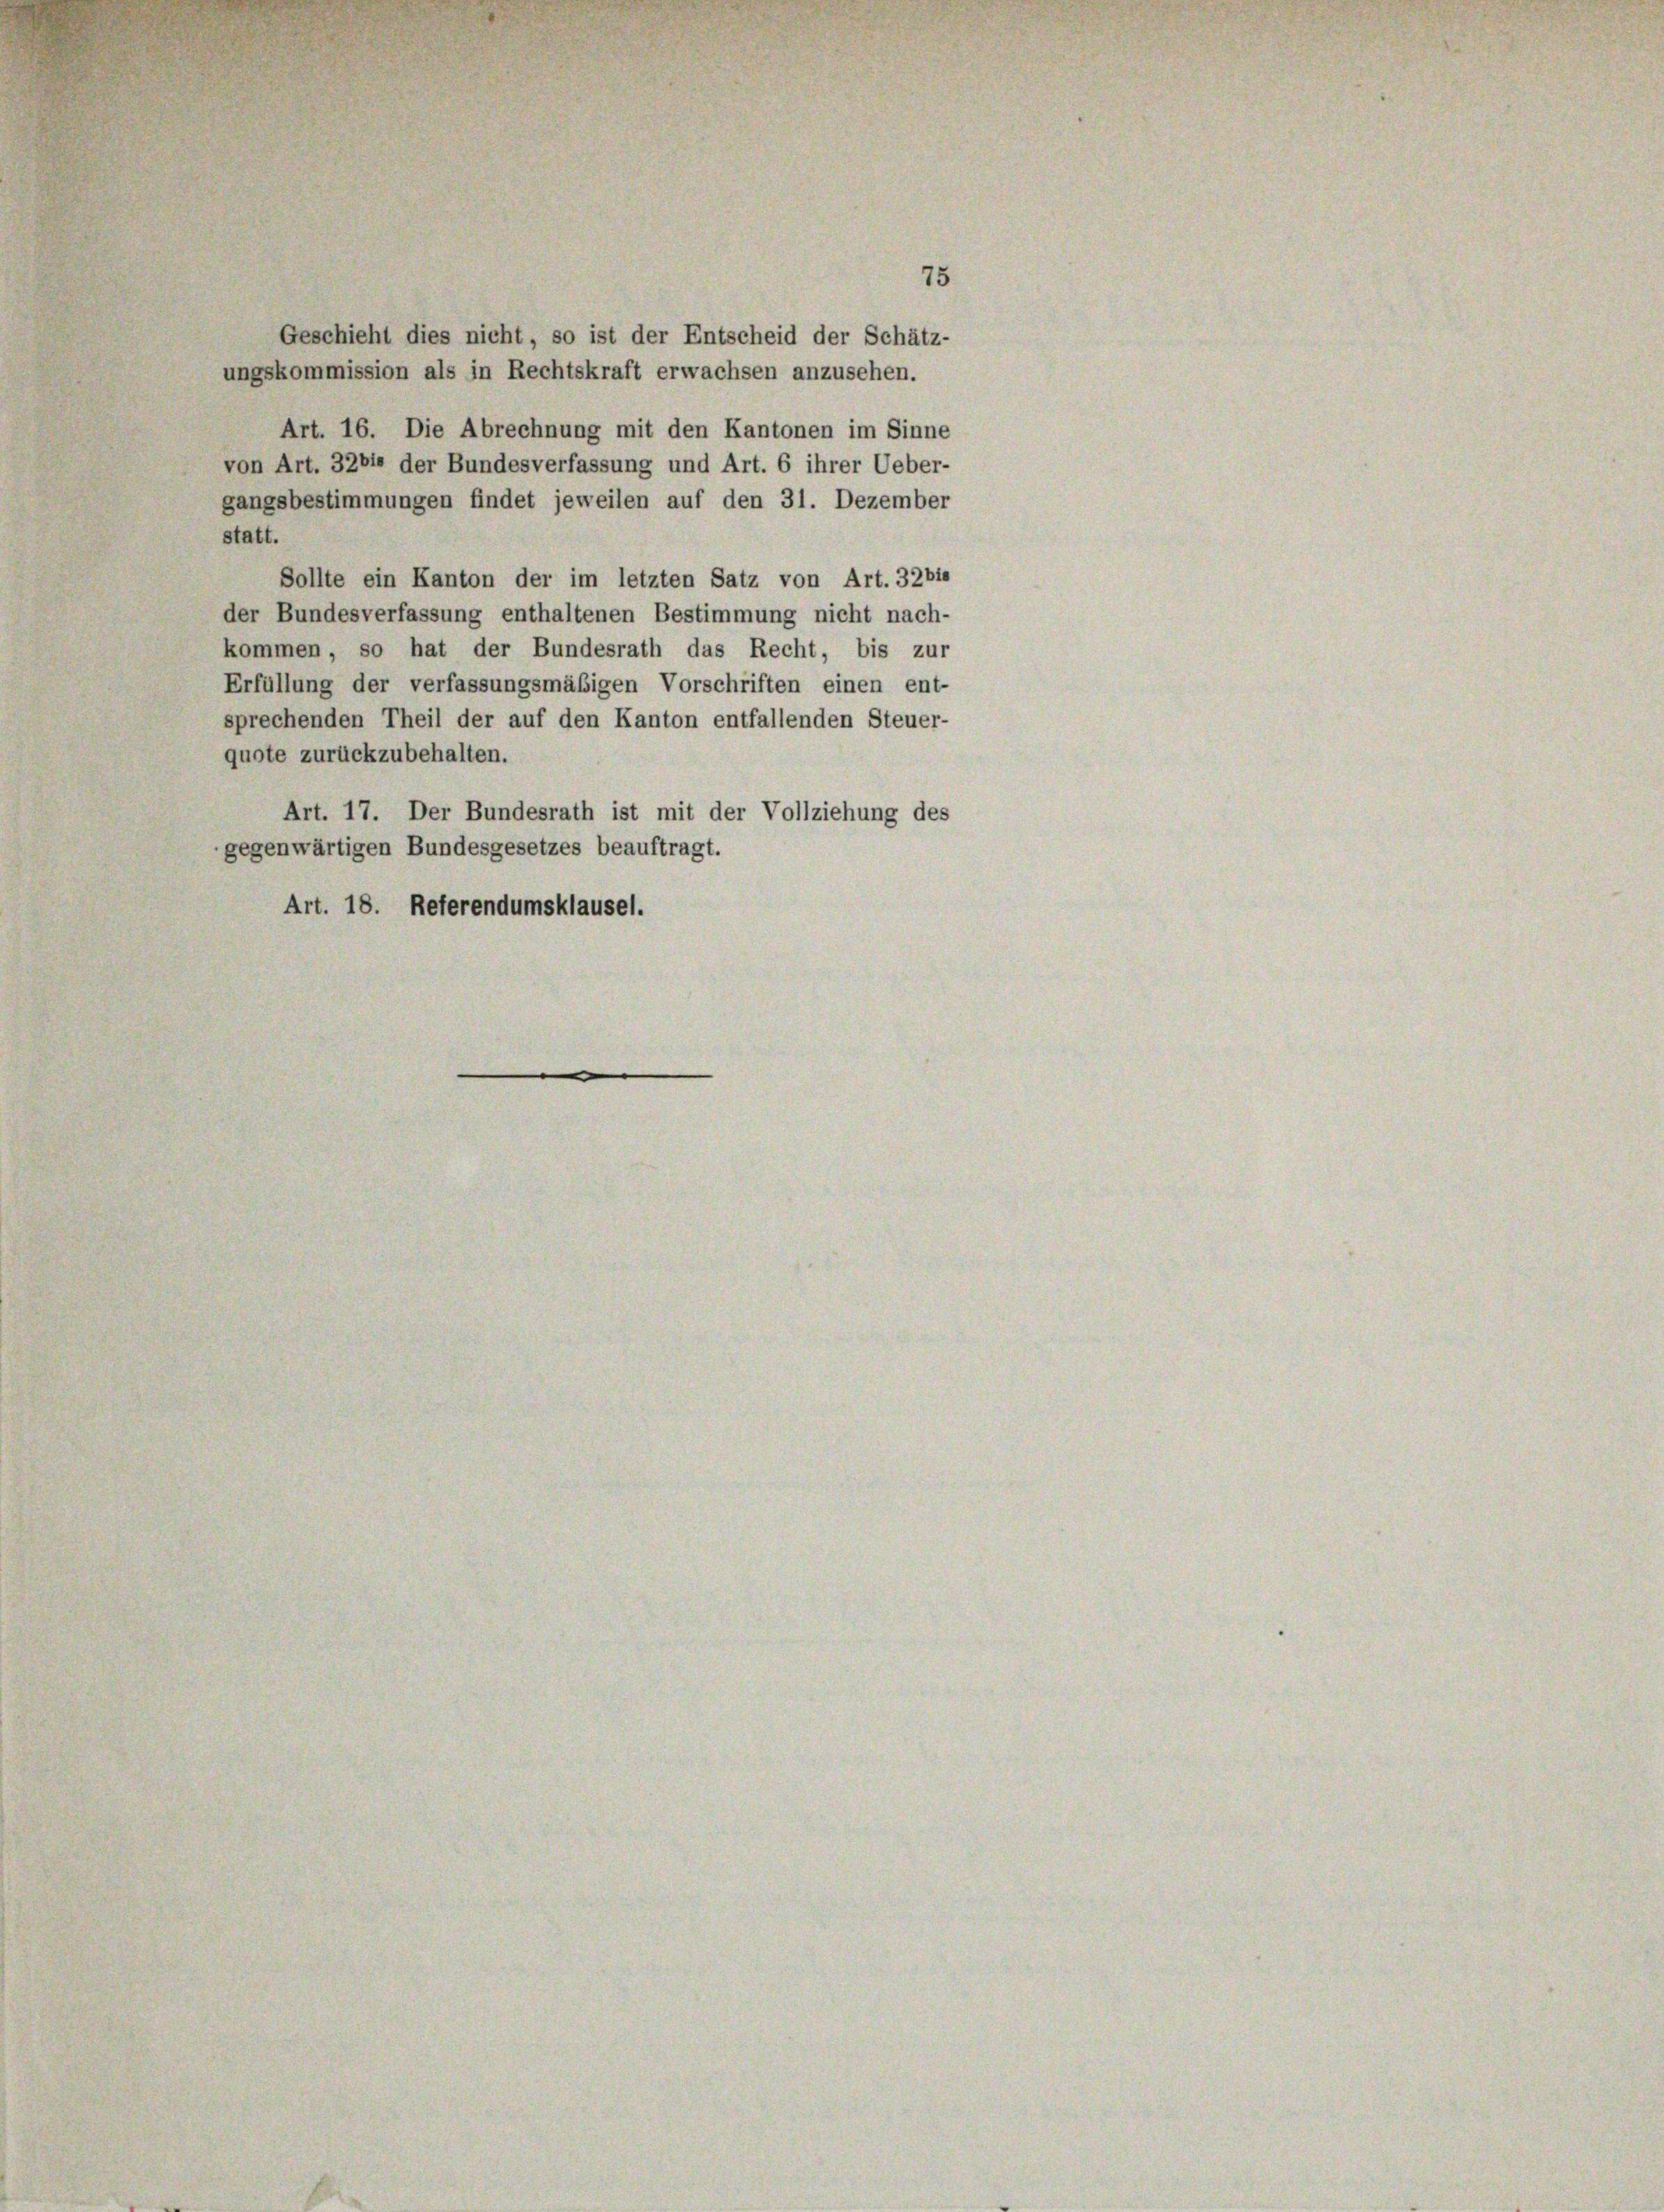
75
Geschieht dies nicht, so ist der Entscheid der Schätz-
ungskommission als in Rechtskraft erwachsen anzusehen.
Art. 16. Die Abrechnung mit den Kantonen im Sinne
von Art. 3281 der Bundesverfassung und Art. 6 ihrer Ueber-
gangsbestimmungen findet jeweilen auf den 31. Dezember
statt.
Sollte ein Kanton der im letzten Satz von Art. 32 bis
der Bundesverfassung enthaltenen Bestimmung nicht nach-
kommen, so hat der Bundesrath das Recht, bis zur
Erfüllung der verfassungsmäßigen Vorschriften einen ent-
sprechenden Theil der auf den Kanton entfallenden Steuer-
quote zurückzubehalten.
Art. 17. Der Bundesrath ist mit der Vollziehung des
gegenwärtigen Bundesgesetzes beauftragt.
Art. 18. Referendumsklausel.